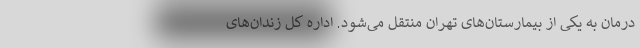
درمان به یکی از بیمارستان‌های تهران منتقل می‌شود. اداره کل زندان‌های